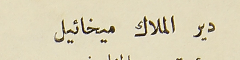
دير الملاك ميخائيل